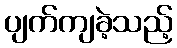
ပျက်ကျခဲ့သည့်